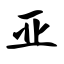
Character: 亚